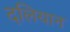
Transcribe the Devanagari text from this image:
दलियान